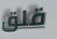
قلق